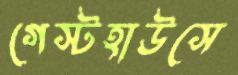
গেস্টহাউসে